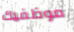
موظفيك